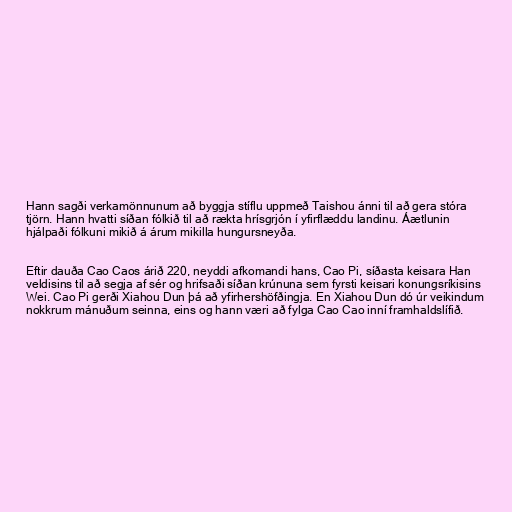
Hann sagði verkamönnunum að byggja stíflu uppmeð Taishou ánni til að gera stóra
tjörn. Hann hvatti síðan fólkið til að rækta hrísgrjón í yfirflæddu landinu. Áætlunin
hjálpaði fólkuni mikið á árum mikilla hungursneyða.

Eftir dauða Cao Caos árið 220, neyddi afkomandi hans, Cao Pi, síðasta keisara Han
veldisins til að segja af sér og hrifsaði síðan krúnuna sem fyrsti keisari konungsríkisins
Wei. Cao Pi gerði Xiahou Dun þá að yfirhershöfðingja. En Xiahou Dun dó úr veikindum
nokkrum mánuðum seinna, eins og hann væri að fylga Cao Cao inní framhaldslífið.